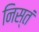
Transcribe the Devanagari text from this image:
निस्तं